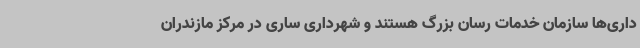
داری‌ها سازمان خدمات رسان بزرگ هستند و شهرداری ساری در مرکز مازندران